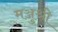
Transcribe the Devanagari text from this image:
मञ्जुश्री